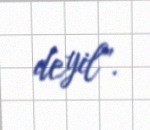
deyil”.